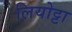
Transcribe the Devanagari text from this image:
लियोट्टा